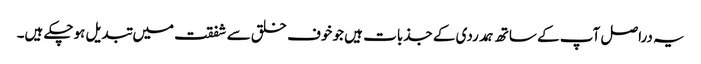
یہ دراصل آپ کے ساتھ ہمدردی کے جذبات ہیں جو خوف خلق سے شفقت میں تبدیل ہوچکے ہیں۔